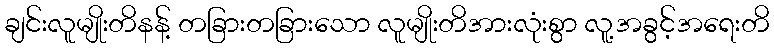
ချင်းလူမျိုးတိနန့် တခြားတခြားသော လူမျိုးတိအားလုံးစွာ လူ့အခွင့်အရေးတိ